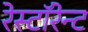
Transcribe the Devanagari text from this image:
रेस्टॉरेन्ट